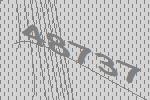
48737